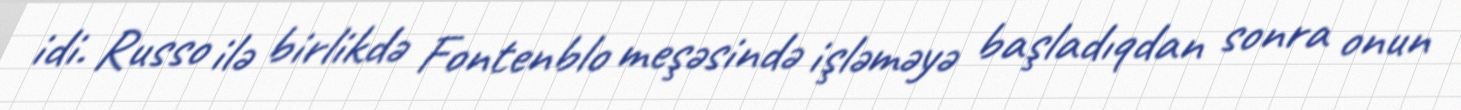
idi. Russo ilə birlikdə Fontenblo meşəsində işləməyə başladıqdan sonra onun